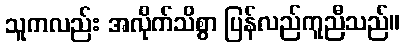
သူကလည်း အလိုက်သိစွာ ပြန်လည်ကူညီသည်။